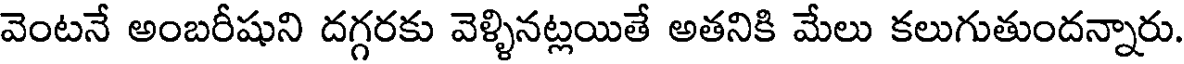
వెంటనే అంబరీషుని దగ్గరకు వెళ్ళినట్లయితే అతనికి మేలు కలుగుతుందన్నారు.